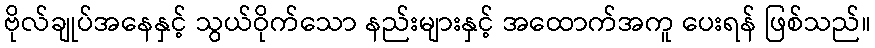
ဗိုလ်ချုပ်အနေနှင့် သွယ်ဝိုက်သော နည်းများနှင့် အထောက်အကူ ပေးရန် ဖြစ်သည်။